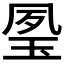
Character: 𤥔